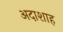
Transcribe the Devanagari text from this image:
अदाशाह